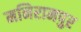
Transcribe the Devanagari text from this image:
मनिरामपुर